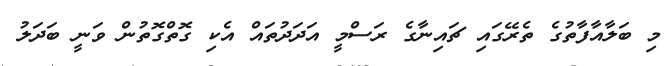
މި ބަލާއާފާތުގެ ތެރޭގައި ޗައިނާގެ ރަސްމީ އަދަދުތައް އެކި ގޮތްގޮތުން ވަނީ ބަދަލު